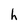
Character: h